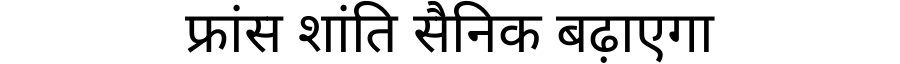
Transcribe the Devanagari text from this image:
फ्रांस शांति सैनिक बढ़ाएगा